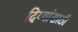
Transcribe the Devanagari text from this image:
दिव्यांसाठी